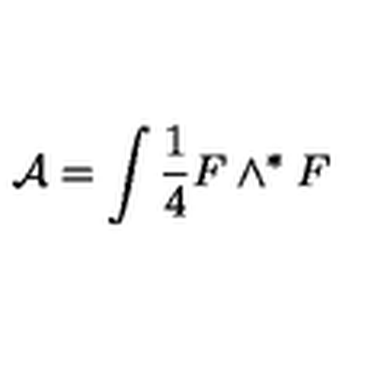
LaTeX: { \mathcal A } = \int \frac { 1 } { 4 } F \wedge ^ { * } F